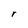
Character: r